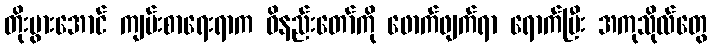
တိုးပွားအောင် ကျမ်းစာရေးရာက ဝိနည်းတော်ကို ဖောက်ဖျက်ရာ ရောက်ပြီး အကုသိုလ်တွေ